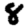
Digit: 8